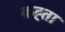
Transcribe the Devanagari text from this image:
कह्ता